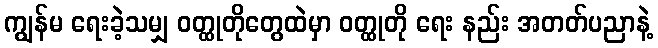
ကျွန်မ ရေးခဲ့သမျှ ဝတ္ထုတိုတွေထဲမှာ ဝတ္ထုတို ရေး နည်း အတတ်ပညာနဲ့